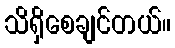
သိရှိစေချင်တယ်။